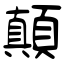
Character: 顚